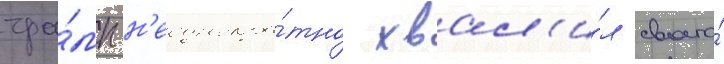
тра́мп н'еоднокра́тно хвал'и́л своего́